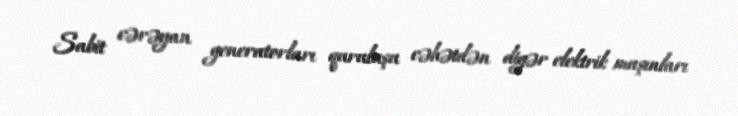
Sabit cərəyan generatorları quruluşu cəhətdən digər elektrik maşınları